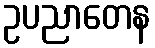
ဥပညာတေန